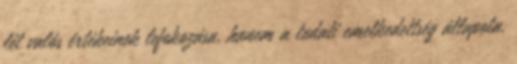
lét valós értékeinek lefokozása, hanem a tudati emelkedettség állapota,